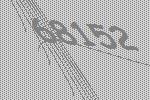
68152